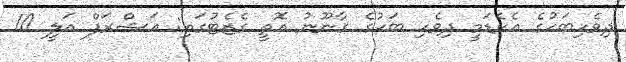
ދިވެހިބަހުގެ އެކެޑަމީ ދިވެހި ބަހުގެ ގާނޫނު އޮތީ ގެޒެޓުގައި: އަޝްރަފް އަލީ 10